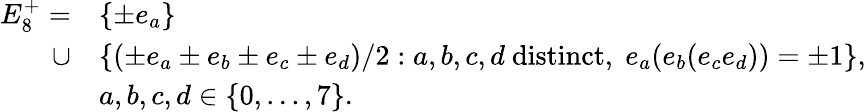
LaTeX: \begin{array}{rl}{{E_{8}^{+}=}}&{{\{ \pm e_{a}\} }}\\ {{\cup}}&{{\{ (\pm e_{a}\pm e_{b}\pm e_{c}\pm e_{d})/2:a,b,c,d\mathrm{~distinct},\; e_{a}(e_{b}(e_{c}e_{d}))=\pm 1\} ,}}\\ {{}}&{{a,b,c,d\in\{ 0,...,7\} .}}\end{array}